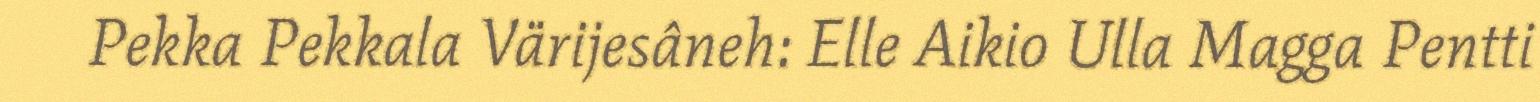
Pekka Pekkala Värijesâneh: Elle Aikio Ulla Magga Pentti